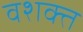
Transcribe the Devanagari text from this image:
वशक्त